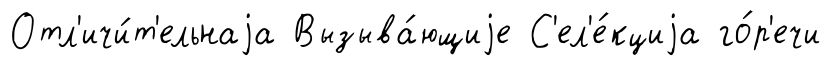
Отл'ичи́т'ельнаjа Вызыва́ющиjе С'ел'е́кциjа го́р'ечи